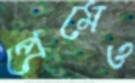
প্রেমেও